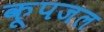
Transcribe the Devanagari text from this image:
कूपजल